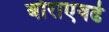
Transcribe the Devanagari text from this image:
बोराएवढे